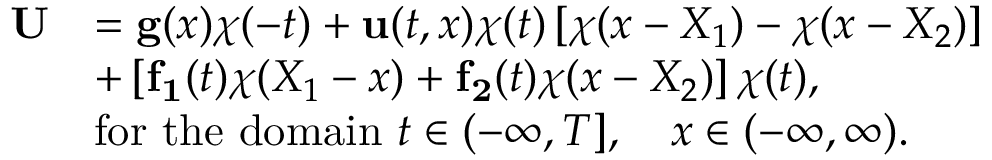
\begin{array} { r l } { { \bf U } } & { = { \bf g } ( { x } ) \chi ( - t ) + { \bf u } ( t , { x } ) \chi ( t ) \left[ \chi ( x - X _ { 1 } ) - \chi ( x - X _ { 2 } ) \right] } \\ & { + \left[ { \bf f _ { 1 } } ( t ) \chi ( X _ { 1 } - x ) + { \bf f _ { 2 } } ( t ) \chi ( x - X _ { 2 } ) \right] \chi ( t ) , } \\ & { { \mathrm { f o r ~ t h e ~ d o m a i n ~ } } t \in ( - \infty , T ] , \quad x \in ( - \infty , \infty ) . } \end{array}